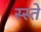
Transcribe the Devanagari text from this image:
स्स्ते